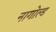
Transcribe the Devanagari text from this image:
नागोल्ड